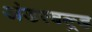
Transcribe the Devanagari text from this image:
अंडरवल्र्ड